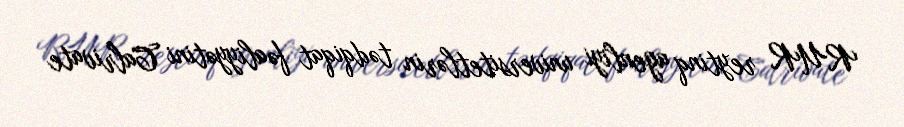
RUR reytinq agenliyi universitetlərin tədqiqat fəaliyyətini Calrivate